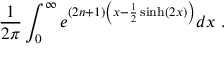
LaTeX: { \frac { 1 } { 2 \pi } } \int _ { 0 } ^ { \infty } e ^ { ( 2 n + 1 ) \left( x - { \frac { 1 } { 2 } } \sinh ( 2 x ) \right) } d x ~ .